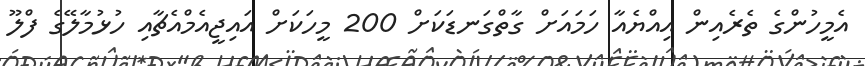
އެމީހުންގެ ތެރެއިން އިއްޔެއާ ހަމައަށް ގާތްގަނޑަކަށް 200 މީހަކަށް އައިޖީއެމްއެޗާއި ހުޅުމާލޭގެ ފްލޫ